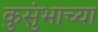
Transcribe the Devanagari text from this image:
कुसुंभाच्या